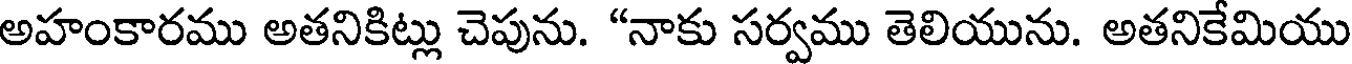
అహంకారము అతనికిట్లు చెపును. "నాకు సర్వము తెలియును. అతనికేమియు